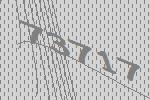
73717